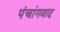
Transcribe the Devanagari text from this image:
पंचांगवाद